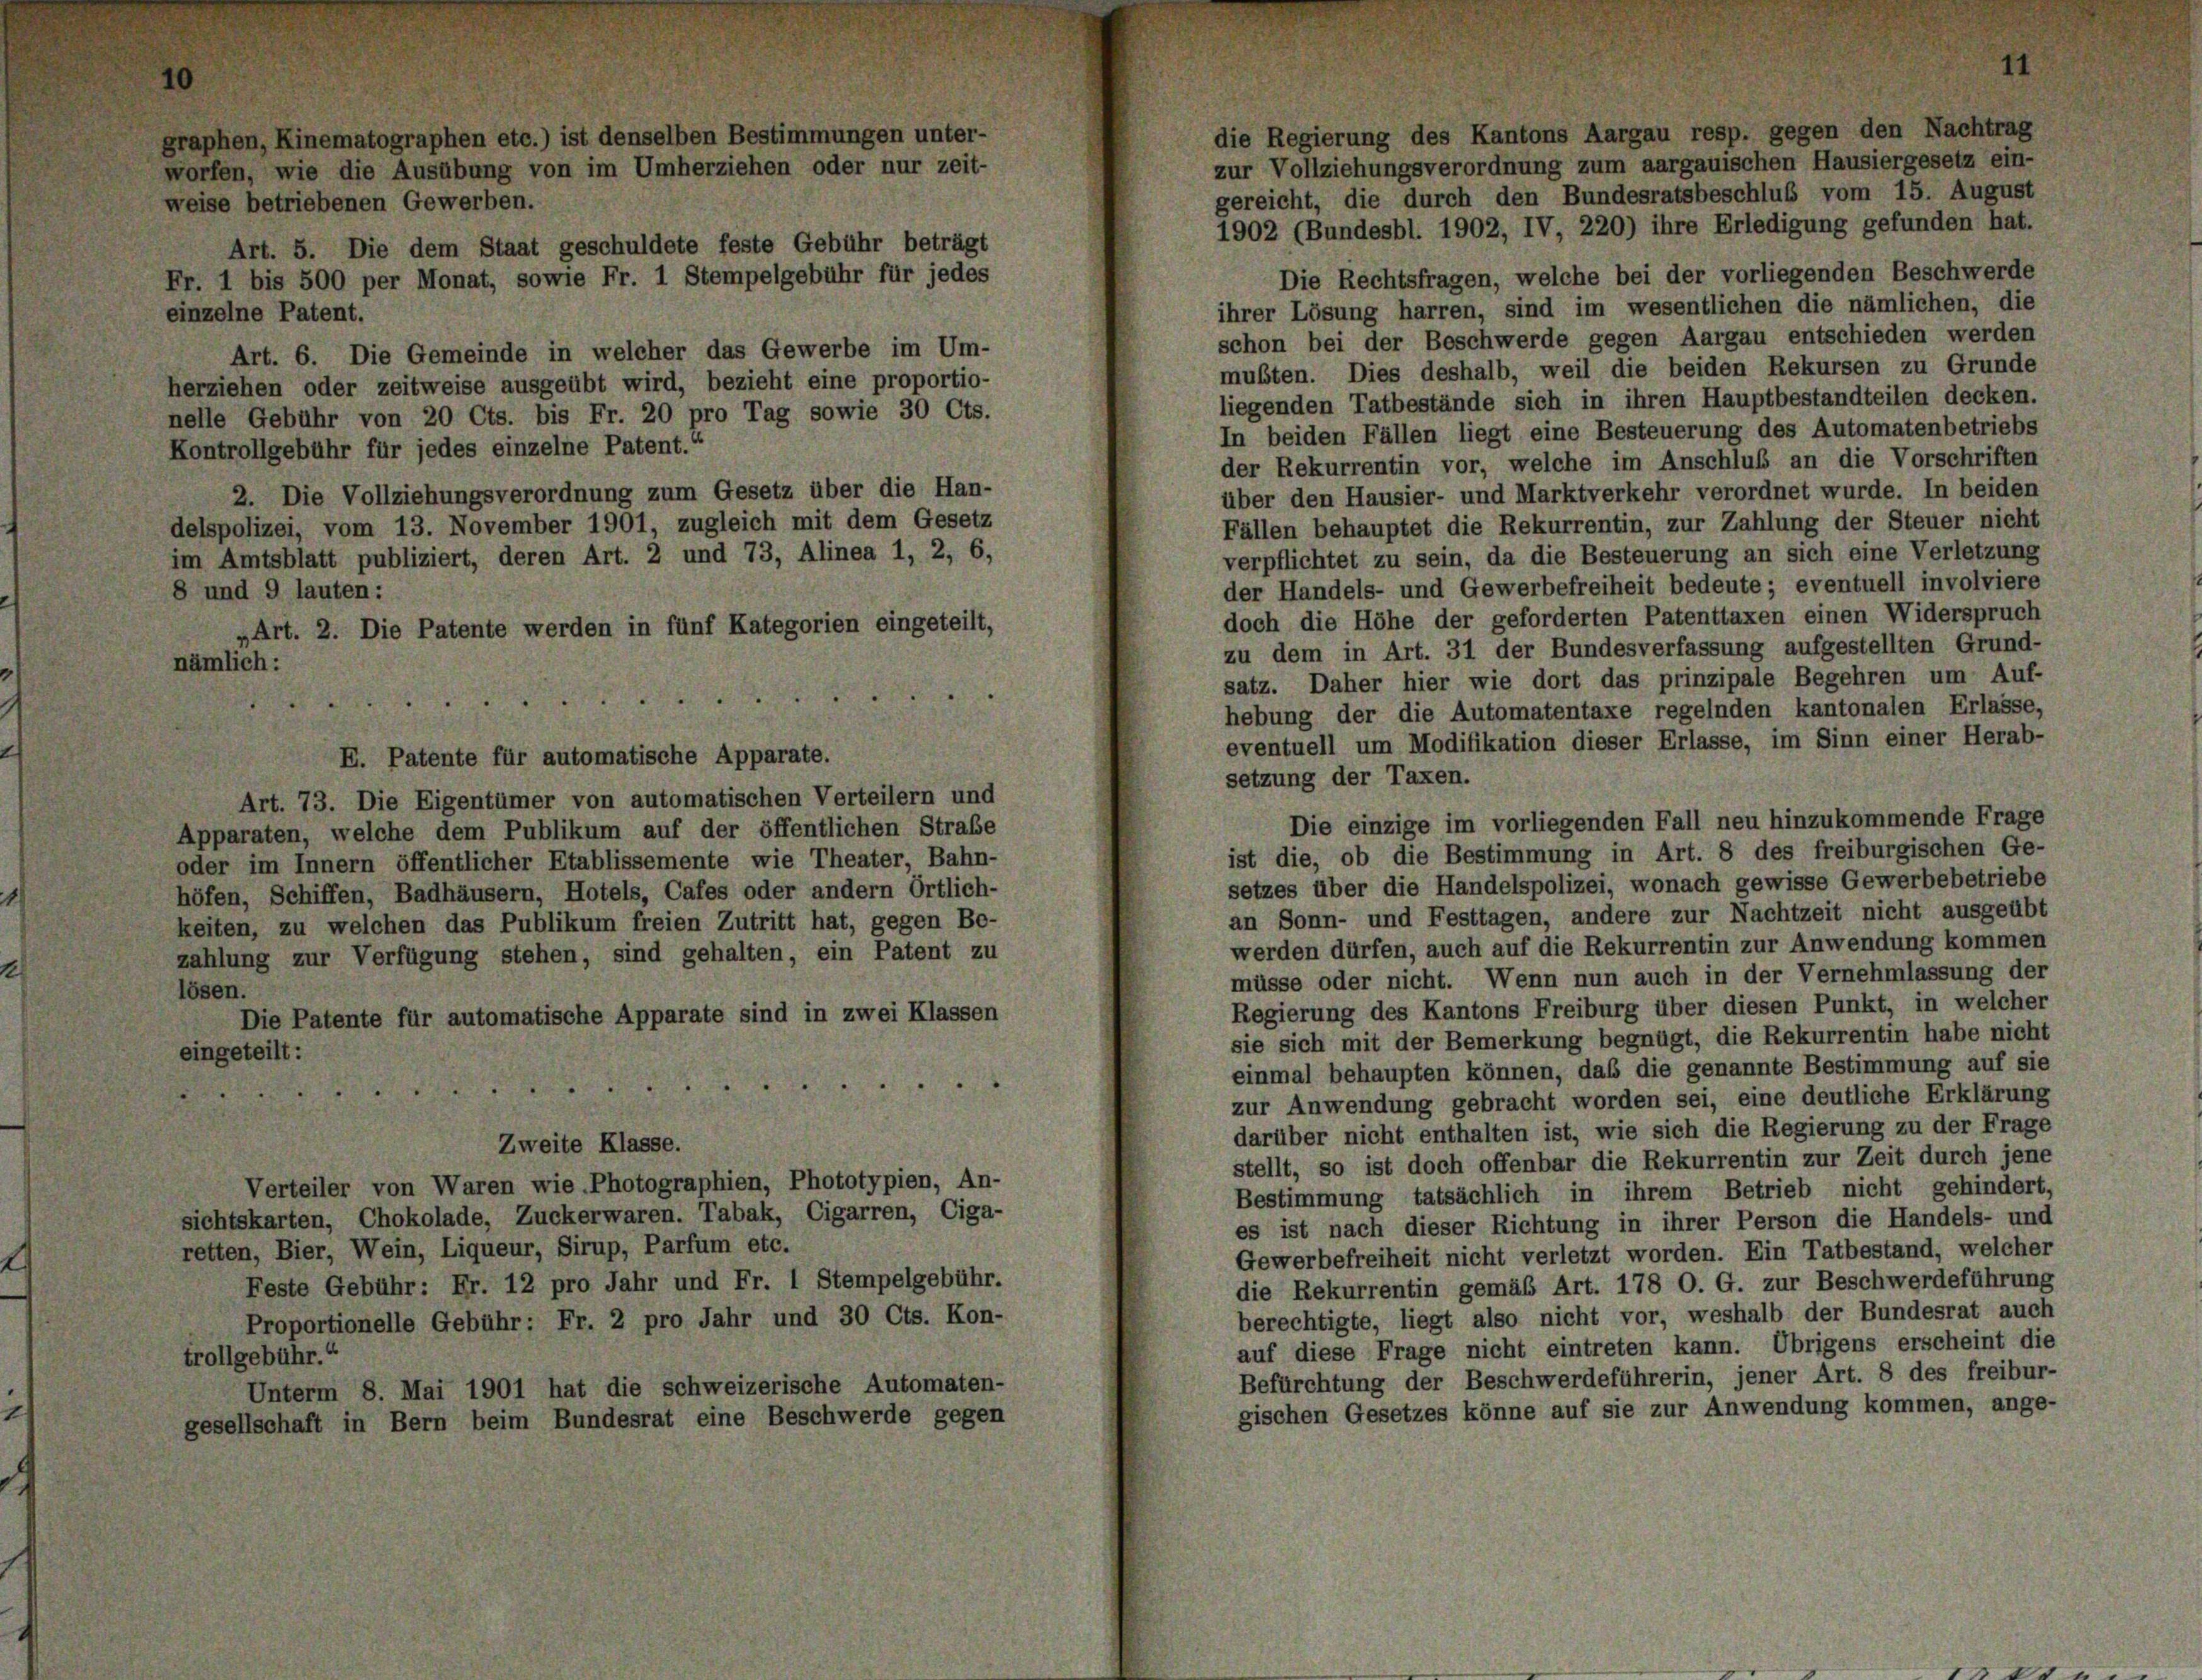
die Regierung des Kantons Aargau resp. gegen den Nachtrag
zur Vollziehungsverordnung zum aargauischen Hausiergesetz ein-
gereicht, die durch den Bundesratsbeschluß vom 15. August
1902 (Bundesbl. 1902, IV, 220) ihre Erledigung gefunden hat.
Art. 5. Die dem Staat geschuldete feste Gebühr beträgt
Die Rechtsfragen, welche bei der vorliegenden Beschwerde
Fr. 1 bis 500 per Monat, sowie Fr. 1 Stempelgebühr für jedes
ihrer Lösung harren, sind im wesentlichen die nämlichen, die
einzelne Patent.
schon bei der Beschwerde gegen Aargau entschieden werden
Art. 6. Die Gemeinde in welcher das Gewerbe im Um-
mußten. Dies deshalb, weil die beiden Rekursen zu Grunde
herziehen oder zeitweise ausgeübt wird, bezieht eine proportio-
liegenden Tatbestände sich in ihren Hauptbestandteilen decken.
nelle Gebühr von 20 Cts. bis Fr. 20 pro Tag sowie 30 Cts.
In beiden Fällen liegt eine Besteuerung des Automatenbetriebs
Kontrollgebühr für jedes einzelne Patent.“
der Rekurrentin vor, welche im Anschluß an die Vorschriften
2. Die Vollziehungsverordnung zum Gesetz über die Han-
über den Hausier- und Marktverkehr verordnet wurde. In beiden
Fällen behauptet die Rekurrentin, zur Zahlung der Steuer nicht
delspolizei, vom 13. November 1901, zugleich mit dem Gesetz
verpflichtet zu sein, da die Besteuerung an sich eine Verletzung
im Amtsblatt publiziert, deren Art. 2 und 73, Alinea 1, 2, 6,
der Handels- und Gewerbefreiheit bedeute; eventuell involviere
8 und 9 lauten:
doch die Höhe der geforderten Patenttaxen einen Widerspruch
„Art. 2. Die Patente werden in fünf Kategorien eingeteilt,
zu dem in Art. 31 der Bundesverfassung aufgestellten Grund-
nämlich:
satz. Daher hier wie dort das prinzipale Begehren um Auf-

s
d
hebung der die Automatentaxe regelnden kantonalen Erlasse,
eventuell um Modifikation dieser Erlasse, im Sinn einer Herab-
setzung der Taxen.
Art. 73. Die Eigentümer von automatischen Verteilern und
Die einzige im vorliegenden Fall neu hinzukommende Frage
Apparaten, welche dem Publikum auf der öffentlichen Straße
ist die, ob die Bestimmung in Art. 8 des freiburgischen Ge-
oder im Innern öffentlicher Etablissemente wie Theater, Bahn-
setzes über die Handelspolizei, wonach gewisse Gewerbebetriebe
höfen, Schiffen, Badhäusern, Hotels, Cafes oder andern örtlich-
an Sonn- und Festtagen, andere zur Nachtzeit nicht ausgeübt
keiten, zu welchen das Publikum freien Zutritt hat, gegen Be-
werden dürfen, auch auf die Rekurrentin zur Anwendung kommen
zahlung zur Verfügung stehen, sind gehalten, ein Patent zu
müsse oder nicht. Wenn nun auch in der Vernehmlassung der
lösen.
Regierung des Kantons Freiburg über diesen Punkt, in welcher
Die Patente für automatische Apparate sind in zwei Klassen
sie sich mit der Bemerkung begnügt, die Rekurrentin habe nicht
eingeteilt:
einmal behaupten können, daß die genannte Bestimmung auf sie
.
zur Anwendung gebracht worden sei, eine deutliche Erklärung
darüber nicht enthalten ist, wie sich die Regierung zu der Frage
Zweite Klasse.
stellt, so ist doch offenbar die Rekurrentin zur Zeit durch jene
Verteiler von Waren wie Photographien, Phototypien, An-
Bestimmung tatsächlich in ihrem Betrieb nicht gehindert,
sichtskarten, Chokolade, Zuckerwaren. Tabak, Cigarren, Ciga-
es ist nach dieser Richtung in ihrer Person die Handels- und
retten, Bier, Wein, Liqueur, Sirup, Parfum etc.
Gewerbefreiheit nicht verletzt worden. Ein Tatbestand, welcher
Feste Gebühr: Fr. 12 pro Jahr und Fr. 1 Stempelgebühr.
die Rekurrentin gemäß Art. 178 O. G. zur Beschwerdeführung
berechtigte, liegt also nicht vor, weshalb der Bundesrat auch
Proportionelle Gebühr: Fr. 2 pro Jahr und 30 Cts. Kon-
auf diese Frage nicht eintreten kann. Übrigens erscheint die
trollgebühr.“
Befürchtung der Beschwerdeführerin, jener Art. 8 des freibur-
Unterm 8. Mai 1901 hat die schweizerische Automaten-
gischen Gesetzes könne auf sie zur Anwendung kommen, ange-
gesellschaft in Bern beim Bundesrat eine Beschwerde gegen

graphen, Kinematographen etc.) ist denselben Bestimmungen unter-
worfen, wie die Ausübung von im Umherziehen oder nur zeit-
weise betriebenen Gewerben.

E. Patente für automatische Apparate.